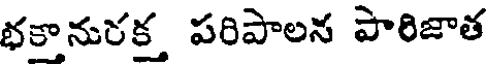
భకానురక్త పరిపాలన పారిజాత